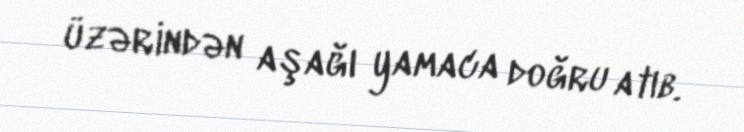
üzərindən aşağı yamaca doğru atıb.